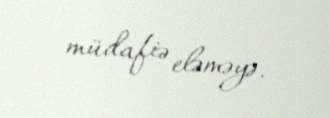
müdafiə eləməyə.